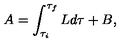
A = \int _ { \tau _ { i } } ^ { \tau _ { f } } L d \tau + B ,